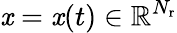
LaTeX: \mathit{x}=\mathit{x}(t)\in\mathbb{{R}}^{N_{\mathrm{{r}}}}